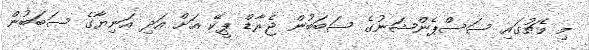
މި މެޗުގައި ސަސްޕެންޝަނުގެ ސަބަބުން ޖެރާޑް ޕީކޭ އަށް އަދި އަނިޔާގެ ސަބަބުން